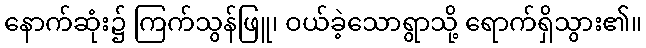
နောက်ဆုံး၌ ကြက်သွန်ဖြူ၊ ဝယ်ခဲ့သောရွာသို့ ရောက်ရှိသွား၏။